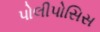
પોલીપોસિસ